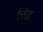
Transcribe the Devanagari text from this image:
चिद्ध